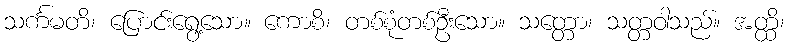
သင်္ကမတိ၊ ပြောင်းရွေ့သော။ ကောစိ၊ တစ်စုံတစ်ဦးသော။ သတ္တော၊ သတ္တဝါသည်။ အတ္ထိ၊